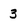
Character: 3